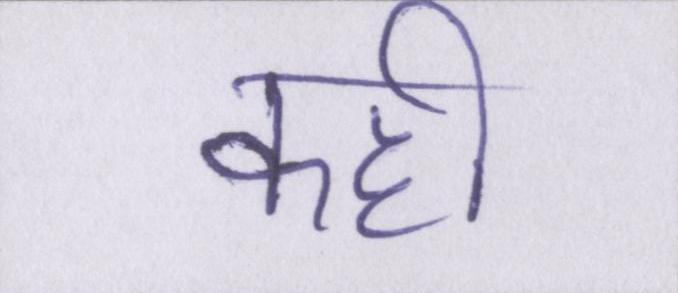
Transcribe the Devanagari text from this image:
कही।